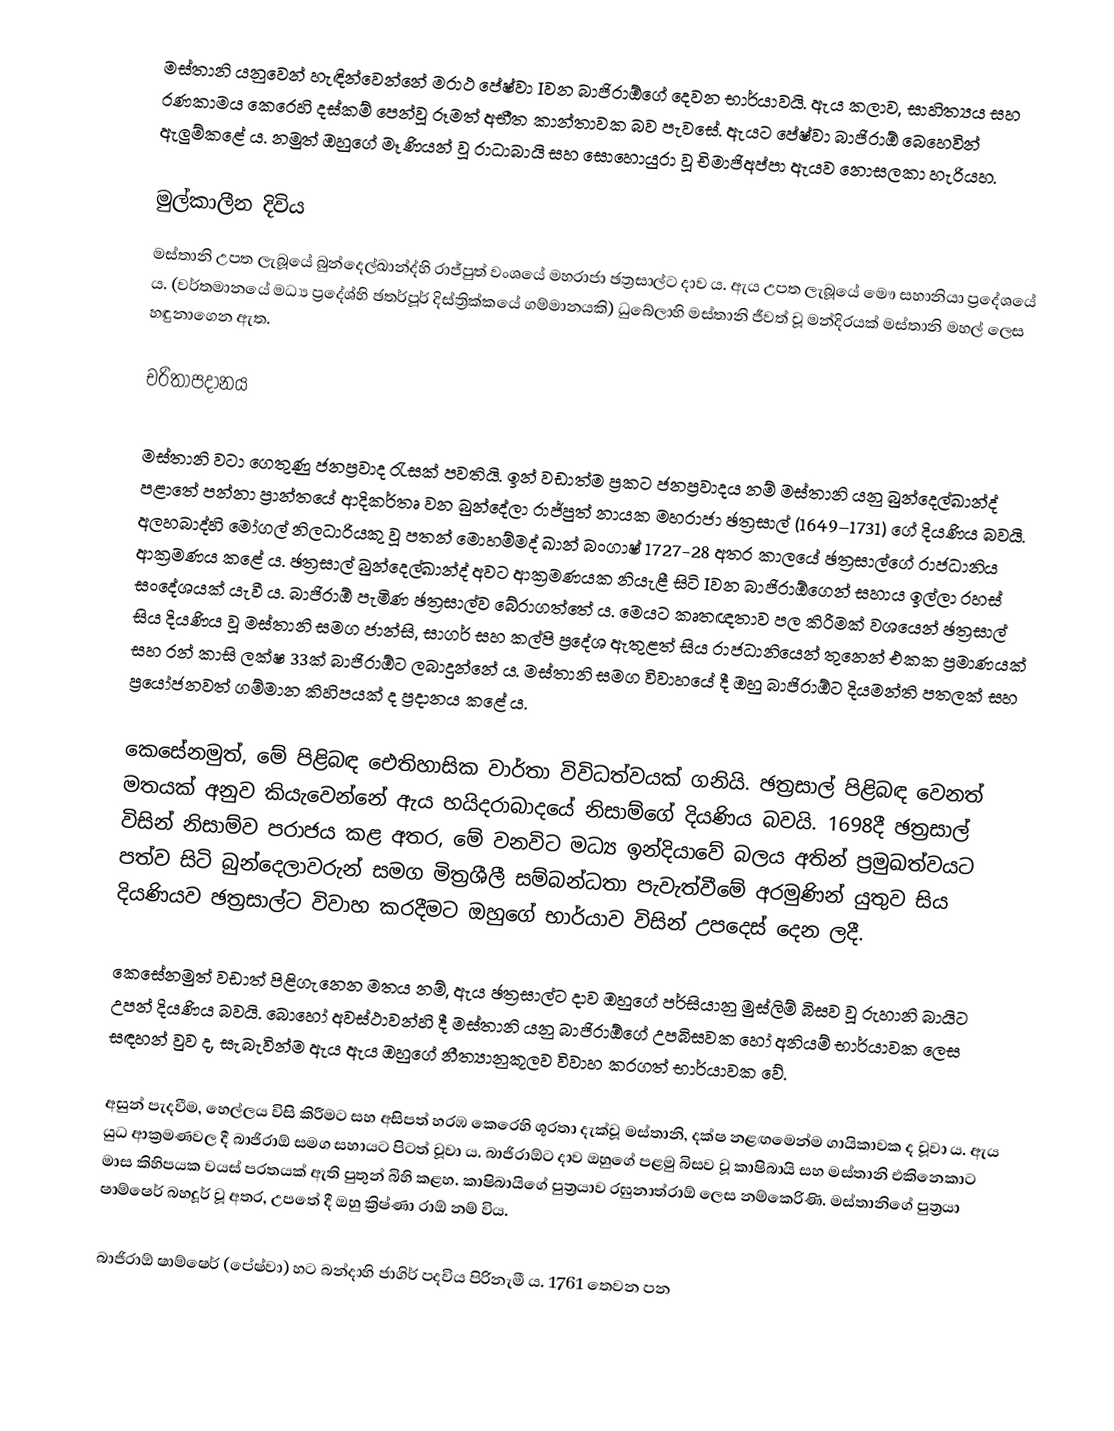
මස්තානි යනුවෙන් හැඳින්වෙන්නේ මරාථ පේෂ්වා Iවන බාජිරාඕගේ දෙවන භාර්යාවයි. ඇය කලාව, සාහිත්‍යය සහ රණකාමය කෙරෙහි දස්කම් පෙන්වූ රූමත් අභීත කාන්තාවක බව පැවසේ. ඇයට පේෂ්වා බාජිරාඕ බෙහෙවින් ඇලුම්කළේ ය. නමුත් ඔහුගේ මෑණියන් වූ රාධාබායි සහ සොහොයුරා වූ චිමාජිඅප්පා ඇයව නොසලකා හැරියහ.

මුල්කාලීන දිවිය
මස්තානි උපත ලැබූයේ බුන්දෙල්ඛාන්ද්හි රාජ්පුත් වංශයේ මහරාජා ඡත්‍රසාල්ට දාව ය. ඇය උපත ලැබූයේ මෞ සහානියා ප්‍රදේශයේ ය. (වර්තමානයේ මධ්‍ය ප්‍රදේශ්හි ඡතර්පූර් දිස්ත්‍රික්කයේ ගම්මානයකි) ධුබේලාහි මස්තානි ජීවත් වූ මන්දිරයක් මස්තානි ‍මහල් ලෙස හඳුනාගෙන ඇත.

චරිතාපදානය

මස්තානි වටා ගෙතුණු ජනප්‍රවාද රැසක් පවතියි. ඉන් වඩාත්ම ප්‍රකට ජනප්‍රවාදය නම් මස්තානි යනු බුන්දෙල්ඛාන්ද් පළාතේ පන්නා ප්‍රාන්තයේ ආදිකර්තෘ වන බුන්දේලා රාජ්පුත් නායක මහරාජා ඡත්‍රසාල් (1649–1731) ගේ දියණිය බවයි. අලහබාද්හි මෝගල් නිලධාරියකු වූ පතන් මොහම්මද් ඛාන් බංගාෂ් 1727-28 අතර කාලයේ ඡත්‍රසාල්ගේ රාජධානිය ආක්‍රමණය කළේ ය. ඡත්‍රසාල් බුන්දෙල්ඛාන්ද් අවට ආක්‍රමණයක නියැළී සිටි Iවන බාජිරාඕගෙන් සහාය ඉල්ලා රහස් සංදේශයක් යැවී ය. බාජිරාඕ පැමිණ ඡත්‍රසාල්ව බේරාගත්තේ ය. මෙයට කෘතඥතාව පල කිරීමක් වශයෙන් ඡත්‍රසාල් සිය දියණිය වූ මස්තානි සමග ජාන්සි, සාගර් සහ කල්පි ප්‍රදේශ ඇතුළත් සිය රාජධානියෙන් තුනෙන් එකක ප්‍රමාණයක් සහ රන් කාසි ලක්ෂ 33ක් බාජිරාඕට ලබාදුන්නේ ය. මස්තානි සමග විවාහයේ දී ඔහු බාජිරාඕට දියමන්ති පතලක් සහ ප්‍රයෝජනවත් ගම්මාන කිහිපයක් ද ප්‍රදානය කළේ ය.

කෙසේනමුත්, මේ පිළිබඳ ඓතිහාසික වාර්තා විවිධත්වයක් ගනියි. ඡත්‍රසාල් පිළිබඳ වෙනත් මතයක් අනුව කියැවෙන්නේ ඇය හයිදරාබාදයේ නිසාම්ගේ දියණිය බවයි. 1698දී ඡත්‍රසාල් විසින් නිසාම්ව පරාජය කළ අතර, මේ වනවිට මධ්‍ය ඉන්දියාවේ බලය අතින් ප්‍රමුඛත්වයට පත්ව සිටි බුන්දෙලාවරුන් සමග මිත්‍රශීලී සම්බන්ධතා පැවැත්වීමේ අරමුණින් යුතුව සිය දියණියව ඡත්‍රසාල්ට විවාහ කරදීමට ඔහුගේ භාර්යාව විසින් උපදෙස් දෙන ලදී.

කෙසේනමුත් වඩාත් පිළිගැනෙන මතය නම්, ඇය ඡත්‍රසාල්ට දාව ඔහුගේ පර්සියානු මුස්ලිම් බිසව වූ රුහානි බායිට උපන් දියණිය බවයි. බොහෝ අවස්ථාවන්හි දී මස්තානි යනු බාජිරාඕගේ උපබිසවක හෝ අනියම් භාර්යාවක ලෙස සඳහන් වුව ද, සැබැවින්ම ඇය ඇය ඔහුගේ නීත්‍යානුකූලව විවාහ කරගත් භාර්යාවක වේ.

අසුන් පැදවීම, හෙල්ලය විසි කිරීමට සහ අසිපත් හරඹ කෙරෙහි ශූරතා දැක්වූ මස්තානි, දක්ෂ නළඟමෙන්ම ගායිකාවක ද වූවා ය. ඇය යුධ ආක්‍රමණවල දී බාජිරාඕ සමග සහායට පිටත් වූවා ය. බාජිරාඕ‍ට දාව ඔහුගේ පළමු බිසව වූ කාෂිබායි සහ මස්තානි එකිනෙකාට මාස කිහිපයක වයස් පරතයක් ඇති පුතුන් බිහි කළහ. කාෂිබායිගේ පුත්‍රයාව රඝුනාත්රාඕ ලෙස නම්කෙරිණි. මස්තානිගේ පුත්‍රයා ෂාම්ෂෙර් බහදූර් වූ අතර, උපතේ දී ඔහු ක්‍රිෂ්ණා රාඕ නම් විය.

බාජිරාඕ ෂාම්ෂෙර් (පේෂ්වා) හට බන්දාහි ජාගිර් පදවිය පිරිනැමී ය. 1761 තෙවන පන